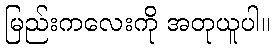
မြည်းကလေးကို အတုယူပါ။